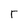
Character: r